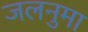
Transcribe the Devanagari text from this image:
जलनुमा